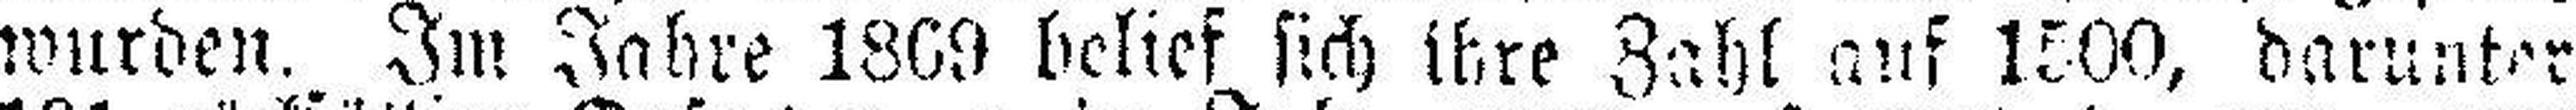
wurden. Im Jahre 1869 belief sich ihre Zahl ans 1500, darunter